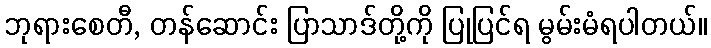
ဘုရားစေတီ, တန်ဆောင်း ပြာသာဒ်တို့ကို ပြုပြင်ရ မွမ်းမံရပါတယ်။